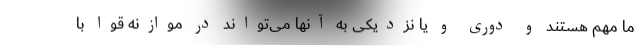
ما مهم هستند و دوری و یا نزدیکی به آنها می‌تواند در موازنه قوا با